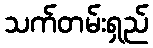
သက်တမ်းရှည်